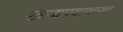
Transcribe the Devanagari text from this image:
खाद्यपदार्थाशी